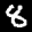
Label: 8